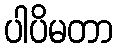
ပါပိမတာ